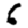
Digit: 6